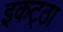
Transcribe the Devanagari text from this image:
इकट्‌ठा